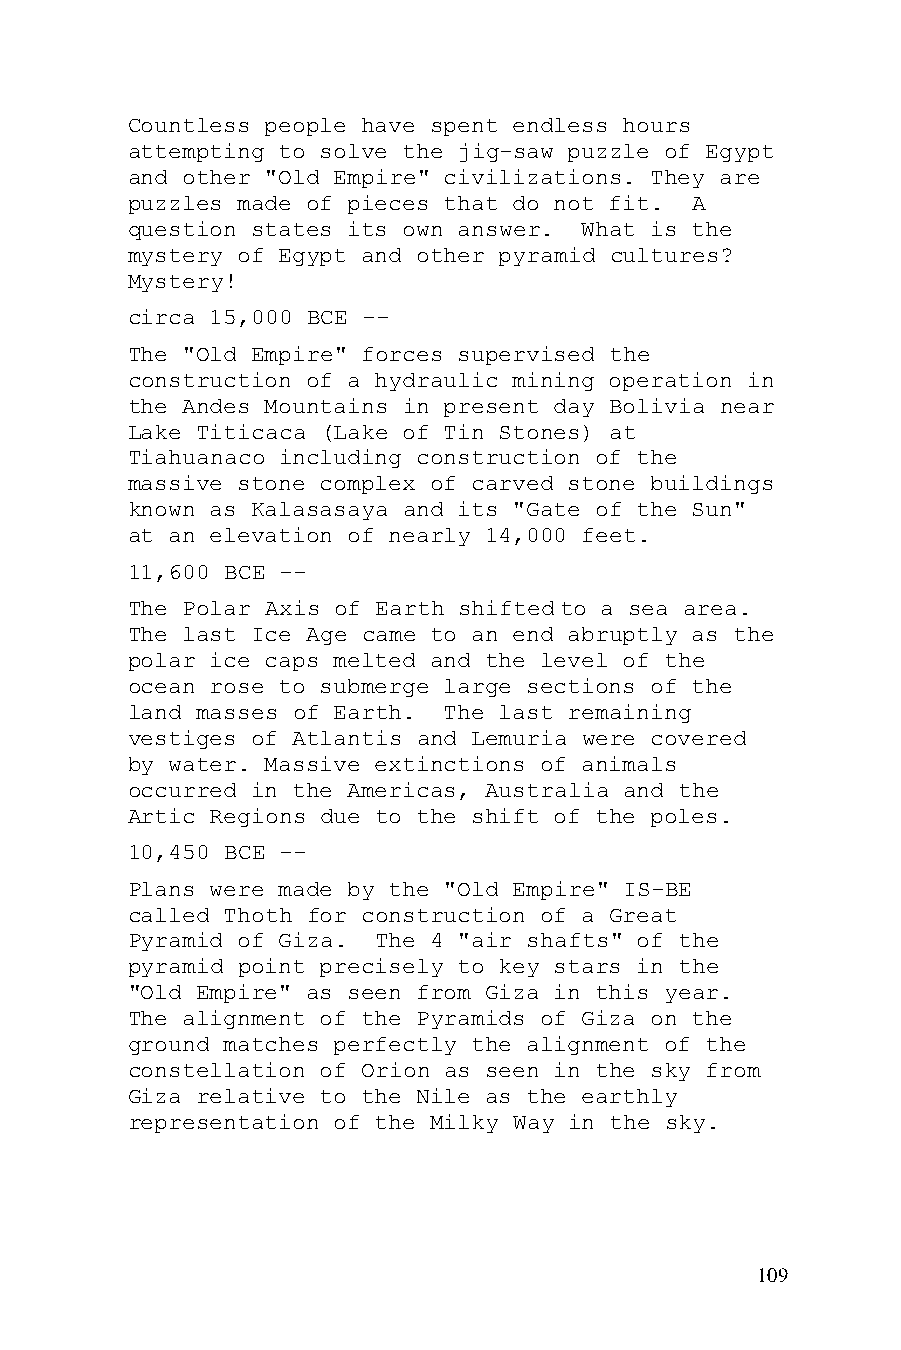
Countless people have spent endless hours
 attempting to solve the jig-saw puzzle of Egypt
 and other "Old Empire" civilizations. They are
 puzzles made of pieces that do not fit. A
 question states its own answer. What is the
 mystery of Egypt and other pyramid cultures?
 Mystery!
 circa 15,000 BCE --
 The "Old Empire" forces supervised the
 construction of a hydraulic mining operation in
 the Andes Mountains in present day Bolivia near
 Lake Titicaca (Lake of Tin Stones) at
 Tiahuanaco including construction of the
 massive stone complex of carved stone buildings
 known as Kalasasaya and its "Gate of the Sun"
 at an elevation of nearly 14,000 feet.
 11,600 BCE --
 The Polar Axis of Earth shifted to a sea area.
 The last Ice Age came to an end abruptly as the
 polar ice caps melted and the level of the
 ocean rose to submerge large sections of the
 land masses of Earth. The last remaining
 vestiges of Atlantis and Lemuria were covered
 by water. Massive extinctions of animals
 occurred in the Americas, Australia and the
 Artic Regions due to the shift of the poles.
 10,450 BCE --
 Plans were made by the "Old Empire" IS-BE
 called Thoth for construction of a Great
 Pyramid of Giza. The 4 "air shafts" of the
 pyramid point precisely to key stars in the
 "Old Empire" as seen from Giza in this year.
 The alignment of the Pyramids of Giza on the
 ground matches perfectly the alignment of the
 constellation of Orion as seen in the sky from
 Giza relative to the Nile as the earthly
 representation of the Milky Way in the sky.
 109